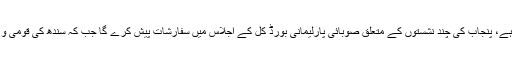
لیاقت بلوچ نے کہا کہ پنجاب اور سندھ کی 90فیصد قومی و صوبائی نشستوں کو حتمی شکل دے دی گئی ہے، پنجاب کی چند نشستوں کے متعلق صوبائی پارلیمانی بورڈ کل کے اجلاس میں سفارشات پیش کرے گا جب کہ سندھ کی قومی و صوبائی نشستوں کے حوالے سے صوبائی پارلیمانی بورڈز کی سفارشات پر سو فیصد اتفاق کر لیا گیا ہے۔